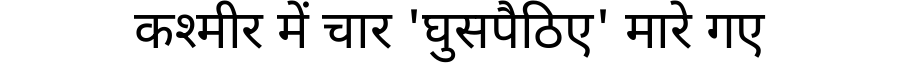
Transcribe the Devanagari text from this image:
कश्मीर में चार 'घुसपैठिए' मारे गए